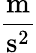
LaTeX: \frac{\operatorname{m}}{\operatorname{s}^{2}}